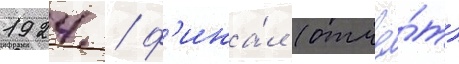
1924 / ф'ина́л (отчё́т)